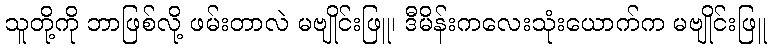
သူတို့ကို ဘာဖြစ်လို့ ဖမ်းတာလဲ မဗျိုင်းဖြူ၊ ဒီမိန်းကလေးသုံးယောက်က မဗျိုင်းဖြူ